Problem: 3 × 5 = ?
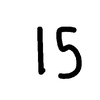
Handwritten answer: 15